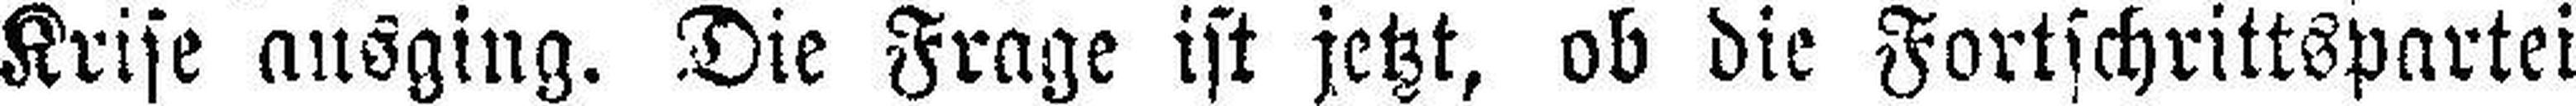
Krise ausging. Die Frage ist jetzt, ob die Fortschrittspartei